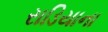
રાડિયાના